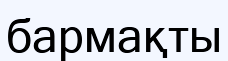
бармақты